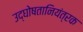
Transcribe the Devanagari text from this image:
उद्घोषतानियंत्रक